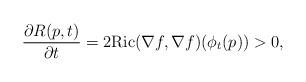
LaTeX: \begin{align*}\frac{\partial R(p,t)}{\partial t}=2{\rm Ric}( \nabla f, \nabla f)(\phi_t(p))>0,\end{align*}